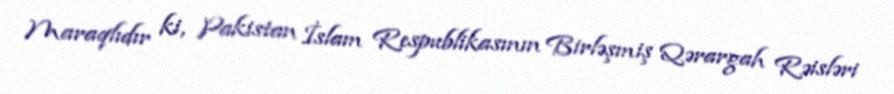
Maraqlıdır ki, Pakistan İslam Respublikasının Birləşmiş Qərargah Rəisləri